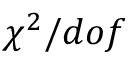
\chi ^ { 2 } / d o f